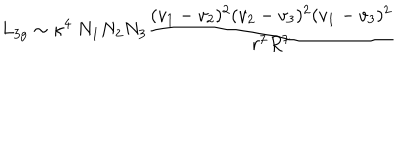
L _ { 3 g } \sim \kappa ^ { 4 } ~ N _ { 1 } N _ { 2 } N _ { 3 } { \frac { ( v _ { 1 } - v _ { 2 } ) ^ { 2 } ( v _ { 2 } - v _ { 3 } ) ^ { 2 } ( v _ { 1 } - v _ { 3 } ) ^ { 2 } } { r ^ { 7 } R ^ { 7 } } }